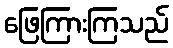
ဖြေကြားကြသည်